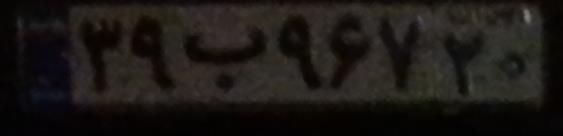
۳۹ب۹۶۷۲۰